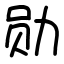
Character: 勋